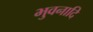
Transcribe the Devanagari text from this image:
भुवनादि